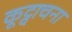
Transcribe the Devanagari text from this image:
कूट्वाचना